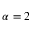
\alpha = 2